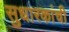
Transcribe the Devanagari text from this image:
सुधारकांची